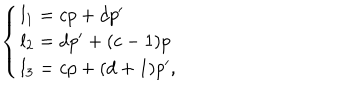
LaTeX: \left\{ \begin{array} { l } { { l _ { 1 } = c p + d p ^ { \prime } } } \\ { { l _ { 2 } = d p ^ { \prime } + ( c - 1 ) p } } \\ { { l _ { 3 } = c p + ( d + 1 ) p ^ { \prime } , } } \\ \end{array} \right.